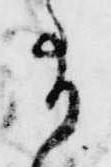
有